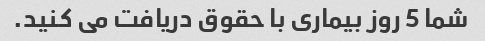
شما 5 روز بیماری با حقوق دریافت می کنید.